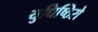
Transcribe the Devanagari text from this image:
युधिष्ठिरो